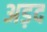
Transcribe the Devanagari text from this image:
अड़द